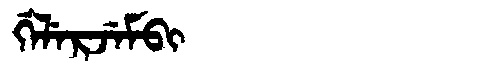
Manchu: ᡤᡝᠯᡝᡵᠵᡝᠮᠪᡳ
Romanization: GELERJEMBI